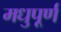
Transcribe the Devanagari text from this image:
मधुपूर्ण